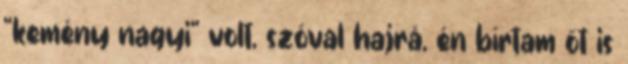
“kemény nagyi” volt, szóval hajrá, én bírtam őt is